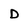
Character: D